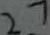
2 7